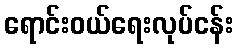
ရောင်းဝယ်ရေးလုပ်ငန်း